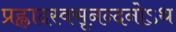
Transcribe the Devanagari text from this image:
प्रह्लादस्वसृनन्दनोऽथ